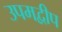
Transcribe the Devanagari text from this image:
उपमद्वीप